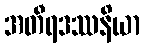
အတီရဒဿနိယာ